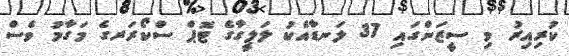
ކުރިއިރު މި ސީޒަންގައި 37 ލަނޑާއެކު ލަލީގާގެ ޓޮޕް ސްކޯރަރގެ މަގާމު ވެސް